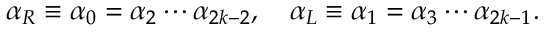
\alpha _ { R } \equiv \alpha _ { 0 } = \alpha _ { 2 } \cdots \alpha _ { 2 k - 2 } , \quad \alpha _ { L } \equiv \alpha _ { 1 } = \alpha _ { 3 } \cdots \alpha _ { 2 k - 1 } .